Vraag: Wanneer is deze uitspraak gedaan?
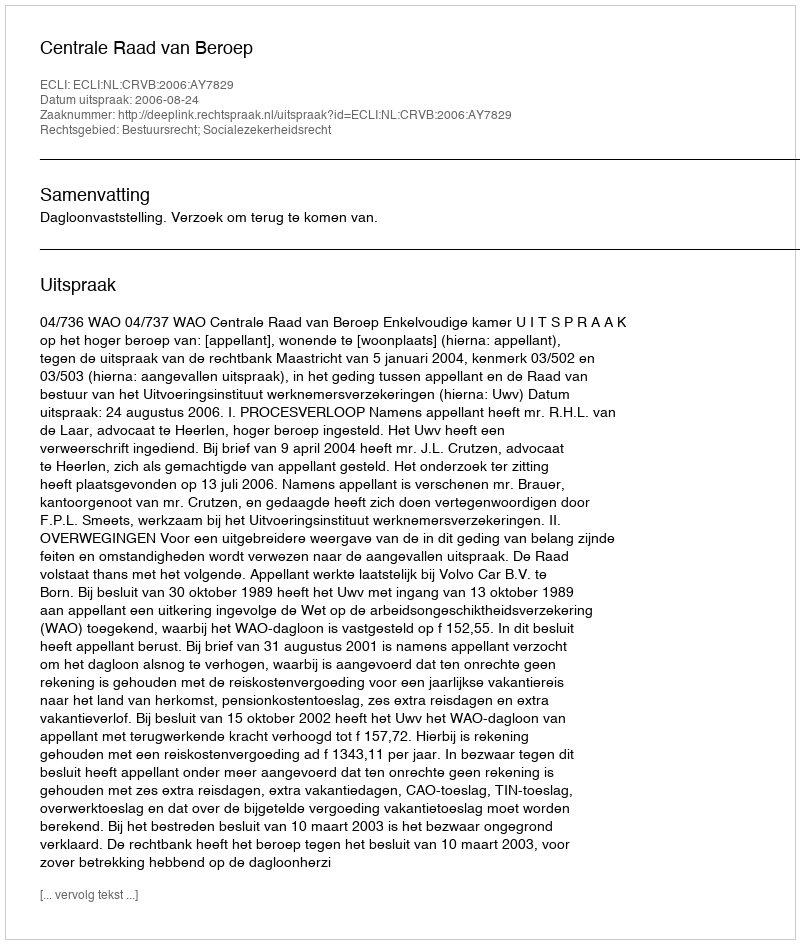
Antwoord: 2006-08-24